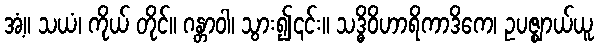
အံ့။ သယံ၊ ကိုယ် တိုင်။ ဂန္တာဝါ၊ သွား၍၎င်း။ သဒ္ဓိဝိဟာရိကာဒိကေ၊ ဥပဇ္ဈာယ်ယူ